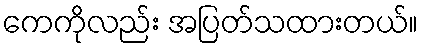
ကေကိုလည်း အပြတ်သထားတယ်။